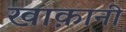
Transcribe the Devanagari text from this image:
खाक़ानी